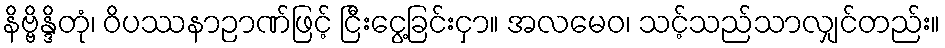
နိဗ္ဗိန္ဒိတုံ၊ ဝိပဿနာဉာဏ်ဖြင့် ငြီးငွေ့ခြင်းငှာ။ အလမေဝ၊ သင့်သည်သာလျှင်တည်း။